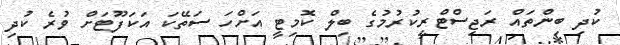
ކުދި ބިންތައް ރަޖިސްޓްރީކުރުމުގެ ބިލް ކޮމިޓީ އަށްހަ ސަތޭކަ އަކަފޫޓަށް ވުރެ ކުދި